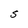
Character: S